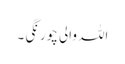
اللہ والی چورنگی ۔